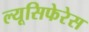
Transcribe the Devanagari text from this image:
ल्यूसिफेरेस